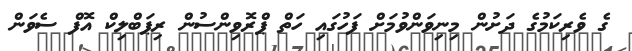
ގެ ވެރިކަމުގެ ދަށުން މިނިވަންވުމަށް ފަހުގައި ހަތް ޕްރޮވިންސުން ރިޕަބްލިކް އޮފް ސެވަން